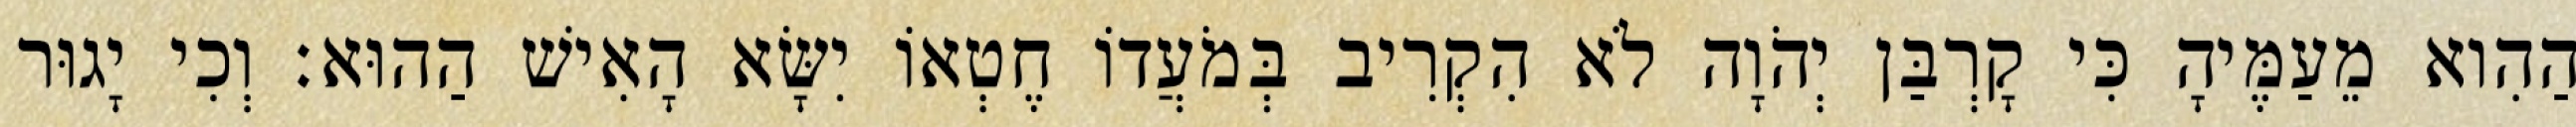
הַהִוא מֵעַמֶּיהָ כִּי קָרְבַּן יְהֹוָה לֹא הִקְרִיב בְּמֹעֲדוֹ חֶטְאוֹ יִשָּׂא הָאִישׁ הַהוּא׃ וְכִי יָגוּר